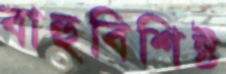
বাহুবিশিষ্ট